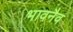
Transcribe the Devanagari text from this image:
भावनैव